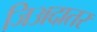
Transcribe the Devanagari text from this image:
जिअदातर